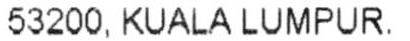
53200, KUALA LUMPUR.